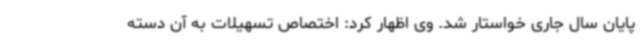
پایان سال جاری خواستار شد. وی اظهار کرد: اختصاص تسهیلات به آن دسته